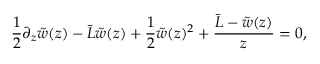
{ \frac { 1 } { 2 } } \partial _ { z } \tilde { w } ( z ) - { \bar { L } } \tilde { w } ( z ) + { \frac { 1 } { 2 } } \tilde { w } ( z ) ^ { 2 } + { \frac { { \bar { L } } - \tilde { w } ( z ) } { z } } = 0 ,